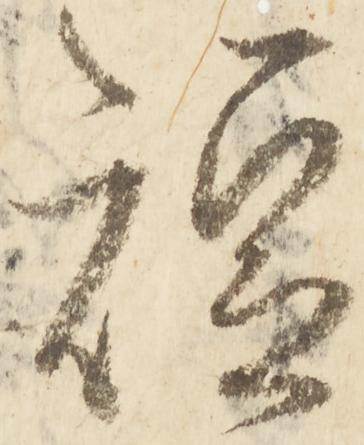
短